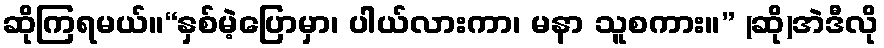
ဆိုကြရမယ်။“နှစ်မဲ့ပြောမှာ၊ ပါယ်လားကာ၊ မနာ သူစကား။” (ဆို)အဲဒီလို